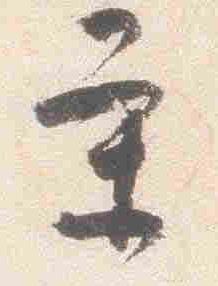
条